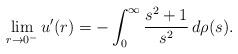
LaTeX: \begin{align*}\lim_{r\rightarrow 0^-}u'(r)=-\int_0^\infty \frac{s^2+1}{s^2}\,d\rho(s).\end{align*}